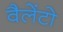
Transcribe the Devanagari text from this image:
वैलेंटो